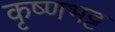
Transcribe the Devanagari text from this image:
कृष्णभट्ट